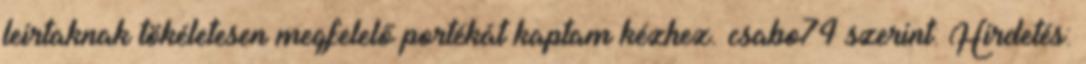
leirtaknak tökéletesen megfelelő portékát kaptam kézhez. csabo74 szerint: Hirdetés: